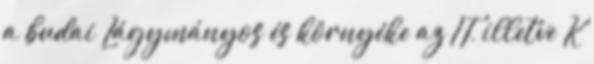
a budai Lágymányos és környéke az IT, illetve K